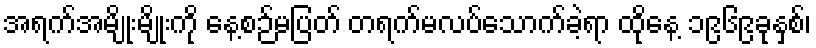
အရက်အမျိုးမျိုးကို နေ့စဉ်မပြတ် တရက်မလပ်သောက်ခဲ့ရာ ထိုနေ့ ၁၉၆၉ခုနှစ်၊